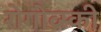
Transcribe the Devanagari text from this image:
रोगोव्स्की